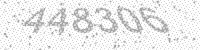
Solution: 448306